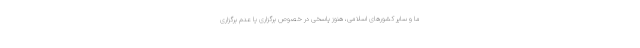
ما و سایر کشورهای اسلامی، هنوز پاسخی در خصوص برگزاری یا عدم برگزاری